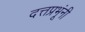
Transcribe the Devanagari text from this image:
दत्तप्रभूंनी